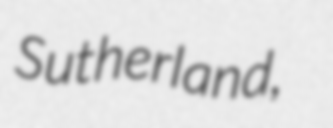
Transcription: Sutherland,